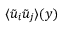
\textlangle \tilde { u } _ { i } \tilde { u } _ { j } \textrangle ( y )